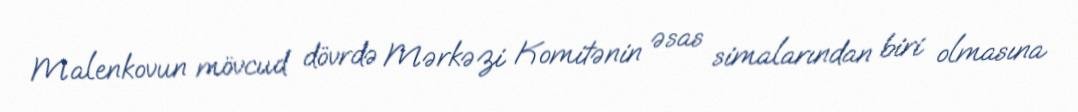
Malenkovun mövcud dövrdə Mərkəzi Komitənin əsas simalarından biri olmasına